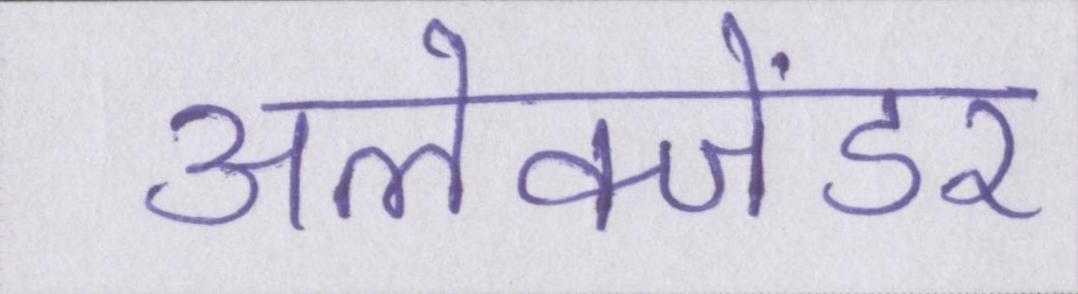
अलेक्जेंडर